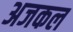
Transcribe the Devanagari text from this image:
अजकल